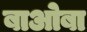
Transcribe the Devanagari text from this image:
बाओबा